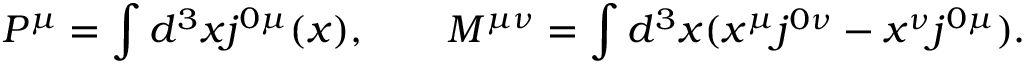
P ^ { \mu } = \int d ^ { 3 } x j ^ { 0 \mu } ( x ) , \quad \quad M ^ { \mu \nu } = \int d ^ { 3 } x ( x ^ { \mu } j ^ { 0 \nu } - x ^ { \nu } j ^ { 0 \mu } ) .